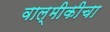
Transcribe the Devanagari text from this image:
वाल्मीकीचा